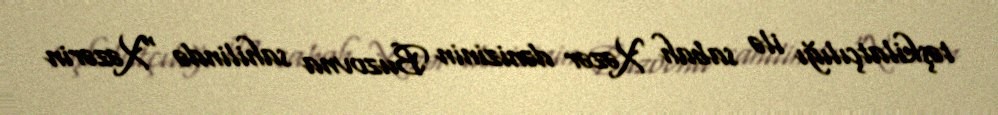
təşkilatçılığı ilə sabah Xəzər dənizinin Buzovna sahilində “Xəzərin